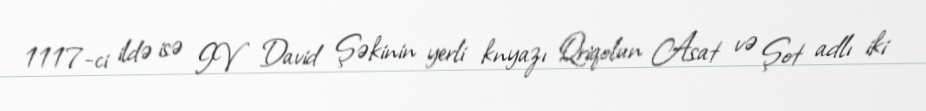
1117-ci ildə isə IV David Şəkinin yerli knyazı Qriqolun Asat və Şot adlı iki